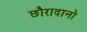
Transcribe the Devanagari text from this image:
छौरादानो